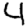
Digit: 4